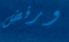
ورفض